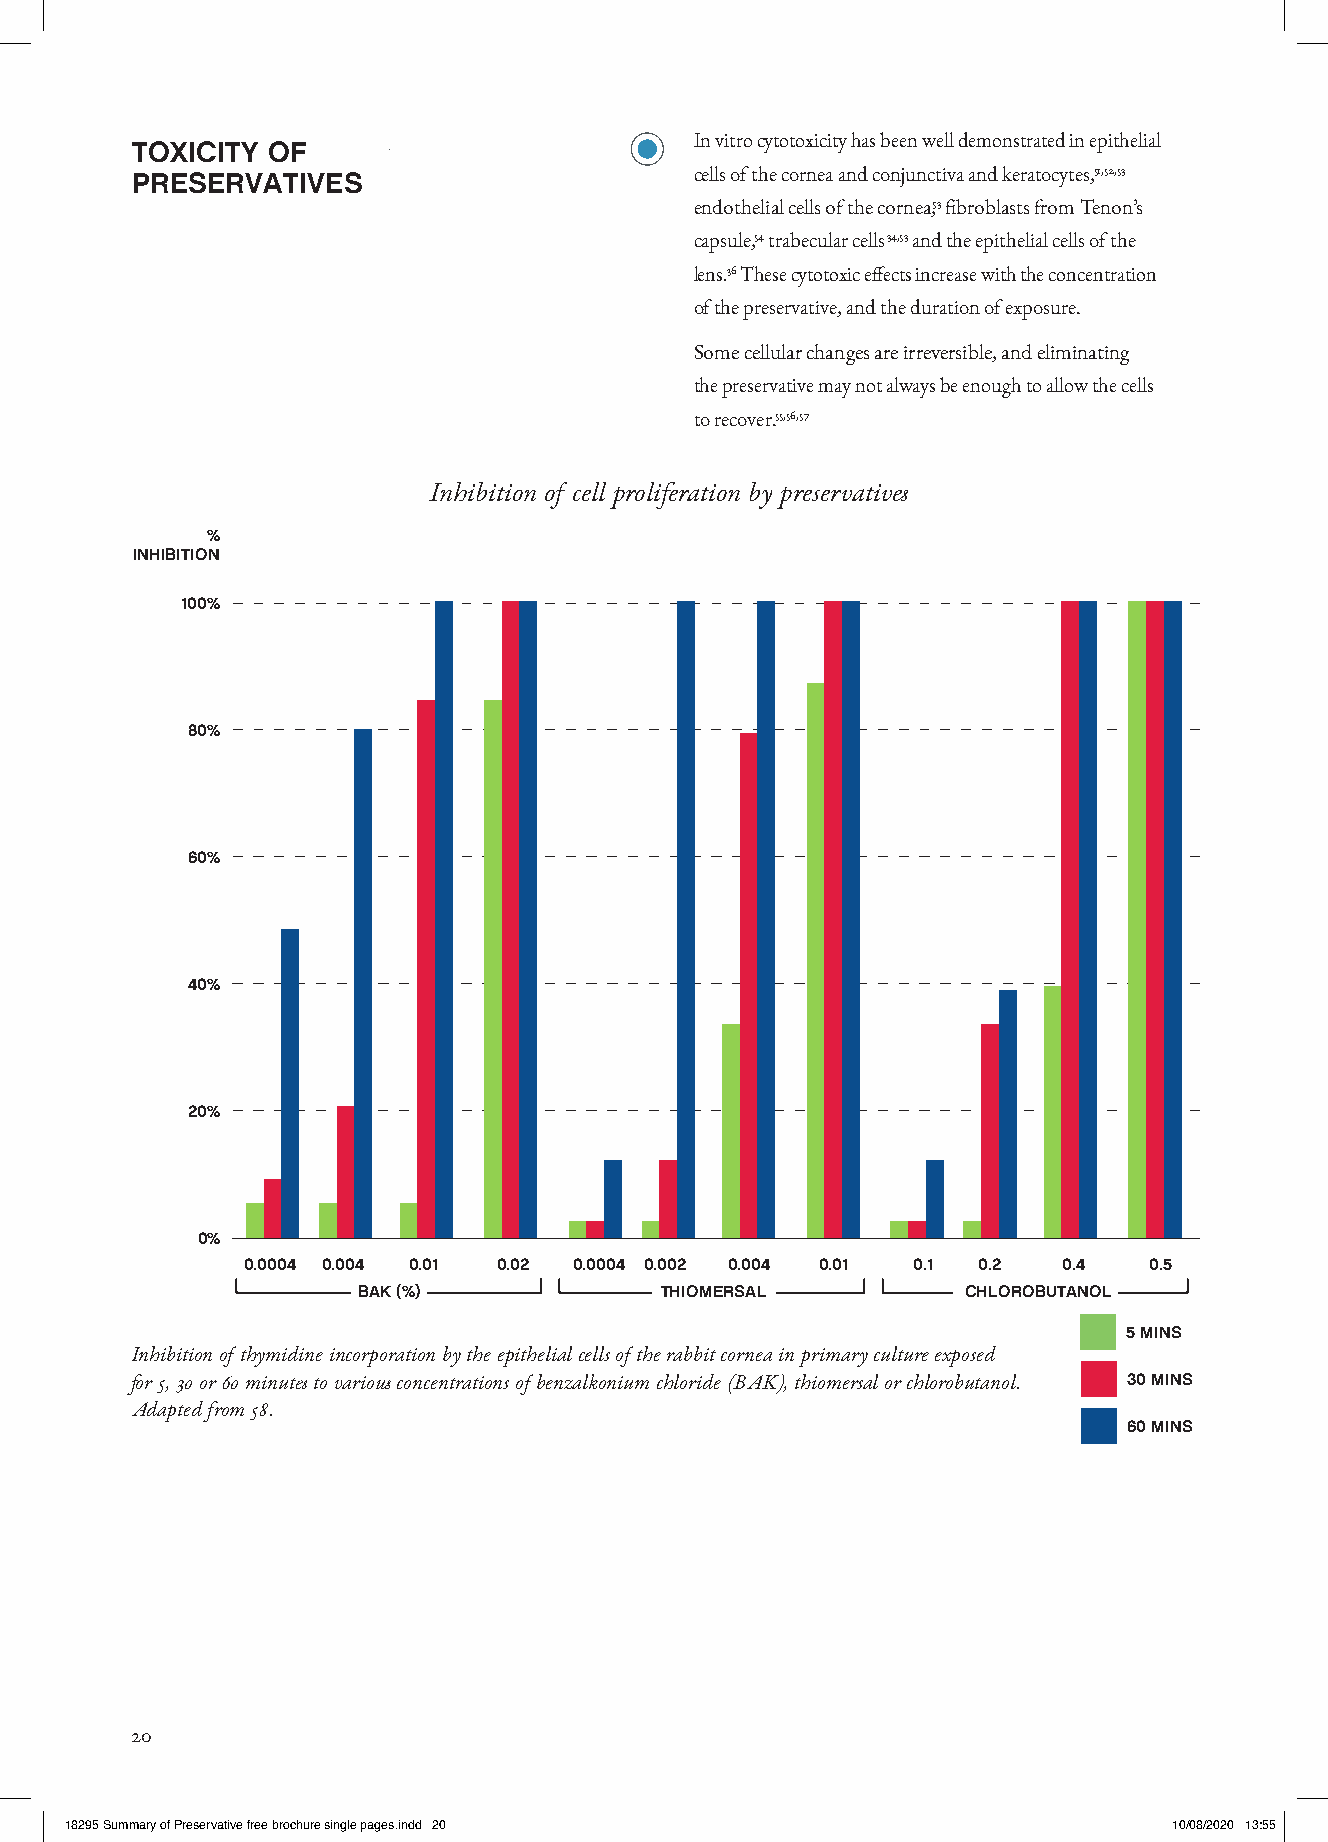
In vitro cytotoxicity has been well demonstrated in epithelial
 TOXICITY OF
 PRESERVATIVES                        cells of the cornea and conjunctiva and keratocytes,51,52,53
 endothelial cells of the cornea,53 fibroblasts from Tenon’s
 capsule,54 trabecular cells34,53 and the epithelial cells of the
 lens.36 These cytotoxic effects increase with the concentration
 of the preservative, and the duration of exposure.
 Some cellular changes are irreversible, and eliminating
 the preservative may not always be enough to allow the cells
 to recover.55,56,57
 Inhibition of cell proliferation by preservatives
 %
 INHIBITION
 100%
 80%
 60%
 40%
 20%
 0%
 0.0004 0.004 0.01 0.02 0.0004 0.002 0.004 0.01 0.1 0.2 0.4  0.5
 BAK (%)             THIOMERSAL          CHLOROBUTANOL
 5 MINS
 Inhibition of thymidine incorporation by the epithelial cells of the rabbit cornea in primary culture exposed
 for 5, 30 or 60 minutes to various concentrations of benzalkonium chloride (BAK), thiomersal or chlorobutanol. 30 MINS
 Adapted from 58.
 60 MINS
 20
 1188229955 SSuummmmaarryy ooff PPrreesseerrvvaattiivvee ffrreeee bbrroocchhuurree ssiinnggllee ppaaggeess..iinndddd 2200 1100//0088//22002200 1133::5555